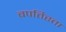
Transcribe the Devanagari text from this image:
बपतिस्ता